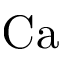
\mathrm { C a }